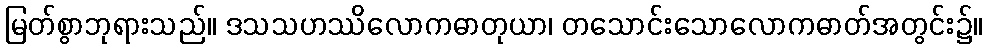
မြတ်စွာဘုရားသည်။ ဒသသဟဿိလောကဓာတုယာ၊ တသောင်းသောလောကဓာတ်အတွင်း၌။